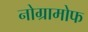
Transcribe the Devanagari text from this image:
नोग्रामोफ